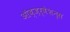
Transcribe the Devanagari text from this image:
ऑब्ज़र्वेशन्स